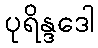
ပုရိန္ဒဒေါ